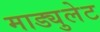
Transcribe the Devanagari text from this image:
माड्युलेट